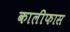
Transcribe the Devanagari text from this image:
कालीफास